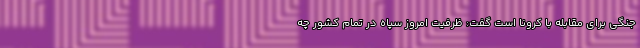
جنگی برای مقابله با کرونا است گفت: ظرفیت امروز سپاه در تمام کشور چه